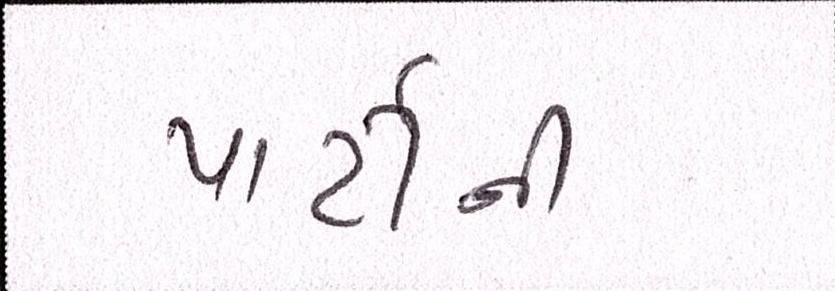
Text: પાર્ટીની